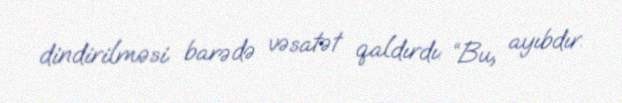
dindirilməsi barədə vəsatət qaldırdı: “Bu, ayıbdır.